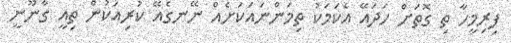
ފިރިމީހާ ތި ގޮތަށް ހަދައޭ އެކަމަކު ތިމަންނައަކަށެއް ނޭނގެއޭ ކުރިއަކުން ތިއީ ގާނޫނީ